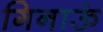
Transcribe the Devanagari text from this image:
गिनाऊं